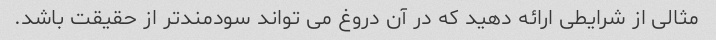
مثالی از شرایطی ارائه دهید که در آن دروغ می تواند سودمندتر از حقیقت باشد.